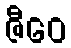
ဇီဝေ